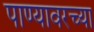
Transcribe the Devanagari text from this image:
पाण्यावरच्या